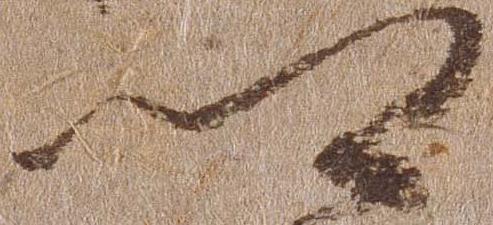
郷